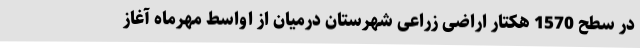
در سطح 1570 هکتار اراضی زراعی شهرستان درمیان از اواسط مهرماه آغاز